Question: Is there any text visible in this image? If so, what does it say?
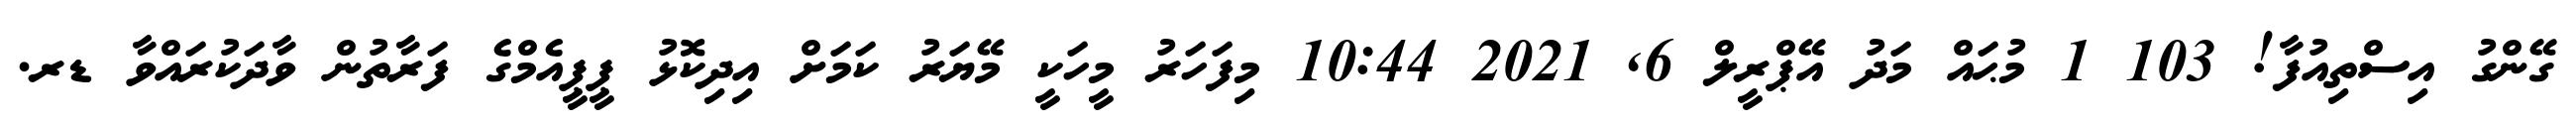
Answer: ގޭންގު އިސްތިއުފާ! 103 1 މުޙައް މަދު އޭޕްރީލް 6, 2021 10:44 މިފަހަރު މީހަކީ މޭޔަރު ކަމަށް އިދިކޮޅު ޕީޕީއެމްގެ ފަރާތުން ވާދަކުރައްވާ ޑރ.